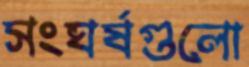
সংঘর্ষগুলো